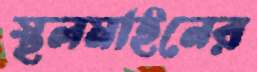
স্থলমাইনের